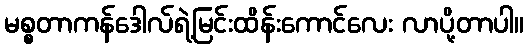
မစ္စတာကန်ဒေါလ်ရဲ့မြင်းထိန်းကောင်လေး လာပို့တာပါ။